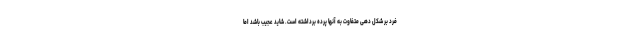
فرد بر شکل دهی متفاوت به آنها پرده برداشته است. شاید عجیب باشد اما